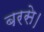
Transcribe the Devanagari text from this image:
बरसे।